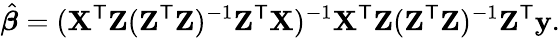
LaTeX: {\hat{\boldsymbol{\beta}}}=(\mathbf{X}^{\mathsf{T}}\mathbf{Z}(\mathbf{Z}^{\mathsf{T}}\mathbf{Z})^{-1}\mathbf{Z}^{\mathsf{T}}\mathbf{X})^{-1}\mathbf{X}^{\mathsf{T}}\mathbf{Z}(\mathbf{Z}^{\mathsf{T}}\mathbf{Z})^{-1}\mathbf{Z}^{\mathsf{T}}\mathbf{y}.